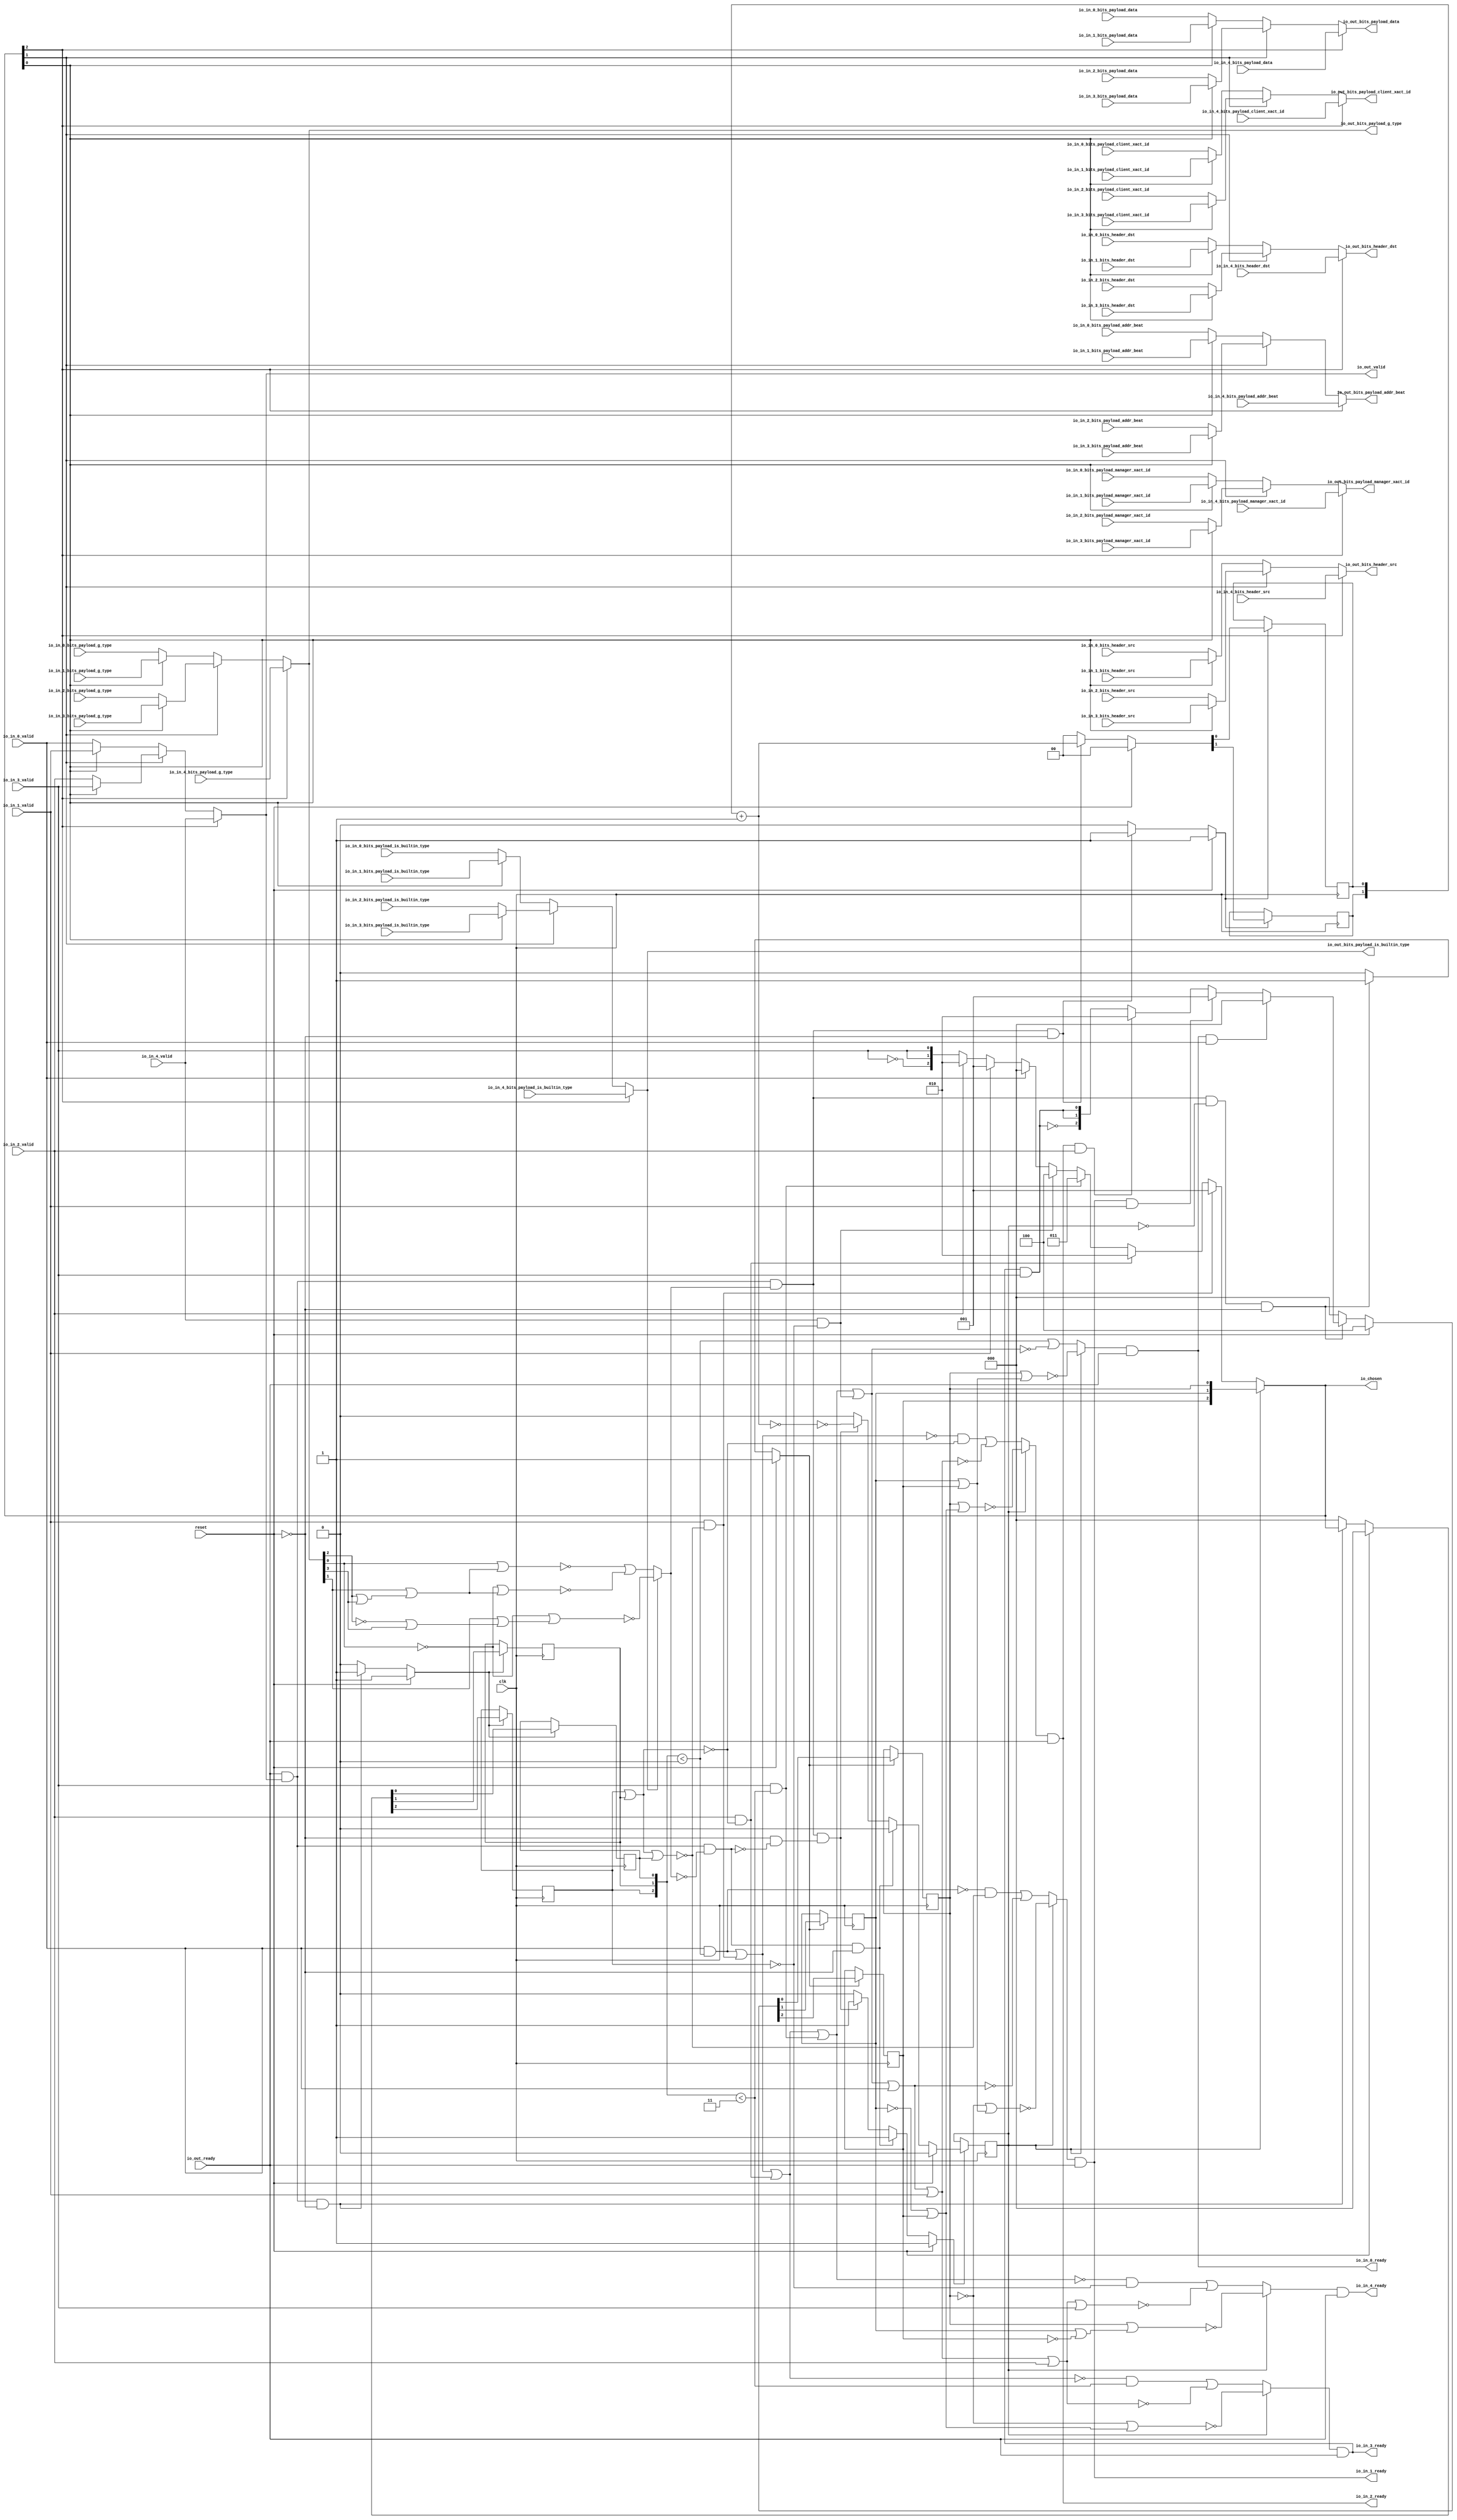
// This program was cloned from: https://github.com/NYU-MLDA/OpenABC
// License: BSD 3-Clause "New" or "Revised" License

module LockingRRArbiter_8
(
  clk,
  reset,
  io_in_4_ready,
  io_in_4_valid,
  io_in_4_bits_header_src,
  io_in_4_bits_header_dst,
  io_in_4_bits_payload_addr_beat,
  io_in_4_bits_payload_client_xact_id,
  io_in_4_bits_payload_manager_xact_id,
  io_in_4_bits_payload_is_builtin_type,
  io_in_4_bits_payload_g_type,
  io_in_4_bits_payload_data,
  io_in_3_ready,
  io_in_3_valid,
  io_in_3_bits_header_src,
  io_in_3_bits_header_dst,
  io_in_3_bits_payload_addr_beat,
  io_in_3_bits_payload_client_xact_id,
  io_in_3_bits_payload_manager_xact_id,
  io_in_3_bits_payload_is_builtin_type,
  io_in_3_bits_payload_g_type,
  io_in_3_bits_payload_data,
  io_in_2_ready,
  io_in_2_valid,
  io_in_2_bits_header_src,
  io_in_2_bits_header_dst,
  io_in_2_bits_payload_addr_beat,
  io_in_2_bits_payload_client_xact_id,
  io_in_2_bits_payload_manager_xact_id,
  io_in_2_bits_payload_is_builtin_type,
  io_in_2_bits_payload_g_type,
  io_in_2_bits_payload_data,
  io_in_1_ready,
  io_in_1_valid,
  io_in_1_bits_header_src,
  io_in_1_bits_header_dst,
  io_in_1_bits_payload_addr_beat,
  io_in_1_bits_payload_client_xact_id,
  io_in_1_bits_payload_manager_xact_id,
  io_in_1_bits_payload_is_builtin_type,
  io_in_1_bits_payload_g_type,
  io_in_1_bits_payload_data,
  io_in_0_ready,
  io_in_0_valid,
  io_in_0_bits_header_src,
  io_in_0_bits_header_dst,
  io_in_0_bits_payload_addr_beat,
  io_in_0_bits_payload_client_xact_id,
  io_in_0_bits_payload_manager_xact_id,
  io_in_0_bits_payload_is_builtin_type,
  io_in_0_bits_payload_g_type,
  io_in_0_bits_payload_data,
  io_out_ready,
  io_out_valid,
  io_out_bits_header_src,
  io_out_bits_header_dst,
  io_out_bits_payload_addr_beat,
  io_out_bits_payload_client_xact_id,
  io_out_bits_payload_manager_xact_id,
  io_out_bits_payload_is_builtin_type,
  io_out_bits_payload_g_type,
  io_out_bits_payload_data,
  io_chosen
);

  input [2:0] io_in_4_bits_header_src;
  input [2:0] io_in_4_bits_header_dst;
  input [1:0] io_in_4_bits_payload_addr_beat;
  input [5:0] io_in_4_bits_payload_client_xact_id;
  input [3:0] io_in_4_bits_payload_manager_xact_id;
  input [3:0] io_in_4_bits_payload_g_type;
  input [127:0] io_in_4_bits_payload_data;
  input [2:0] io_in_3_bits_header_src;
  input [2:0] io_in_3_bits_header_dst;
  input [1:0] io_in_3_bits_payload_addr_beat;
  input [5:0] io_in_3_bits_payload_client_xact_id;
  input [3:0] io_in_3_bits_payload_manager_xact_id;
  input [3:0] io_in_3_bits_payload_g_type;
  input [127:0] io_in_3_bits_payload_data;
  input [2:0] io_in_2_bits_header_src;
  input [2:0] io_in_2_bits_header_dst;
  input [1:0] io_in_2_bits_payload_addr_beat;
  input [5:0] io_in_2_bits_payload_client_xact_id;
  input [3:0] io_in_2_bits_payload_manager_xact_id;
  input [3:0] io_in_2_bits_payload_g_type;
  input [127:0] io_in_2_bits_payload_data;
  input [2:0] io_in_1_bits_header_src;
  input [2:0] io_in_1_bits_header_dst;
  input [1:0] io_in_1_bits_payload_addr_beat;
  input [5:0] io_in_1_bits_payload_client_xact_id;
  input [3:0] io_in_1_bits_payload_manager_xact_id;
  input [3:0] io_in_1_bits_payload_g_type;
  input [127:0] io_in_1_bits_payload_data;
  input [2:0] io_in_0_bits_header_src;
  input [2:0] io_in_0_bits_header_dst;
  input [1:0] io_in_0_bits_payload_addr_beat;
  input [5:0] io_in_0_bits_payload_client_xact_id;
  input [3:0] io_in_0_bits_payload_manager_xact_id;
  input [3:0] io_in_0_bits_payload_g_type;
  input [127:0] io_in_0_bits_payload_data;
  output [2:0] io_out_bits_header_src;
  output [2:0] io_out_bits_header_dst;
  output [1:0] io_out_bits_payload_addr_beat;
  output [5:0] io_out_bits_payload_client_xact_id;
  output [3:0] io_out_bits_payload_manager_xact_id;
  output [3:0] io_out_bits_payload_g_type;
  output [127:0] io_out_bits_payload_data;
  output [2:0] io_chosen;
  input clk;
  input reset;
  input io_in_4_valid;
  input io_in_4_bits_payload_is_builtin_type;
  input io_in_3_valid;
  input io_in_3_bits_payload_is_builtin_type;
  input io_in_2_valid;
  input io_in_2_bits_payload_is_builtin_type;
  input io_in_1_valid;
  input io_in_1_bits_payload_is_builtin_type;
  input io_in_0_valid;
  input io_in_0_bits_payload_is_builtin_type;
  input io_out_ready;
  output io_in_4_ready;
  output io_in_3_ready;
  output io_in_2_ready;
  output io_in_1_ready;
  output io_in_0_ready;
  output io_out_valid;
  output io_out_bits_payload_is_builtin_type;
  wire [2:0] io_out_bits_header_src,io_out_bits_header_dst,io_chosen,choose,T1,T2,T3,T4,T5,
  T6,T19,T20,T21,T95,T98,T96,T103,T106,T104;
  wire [1:0] io_out_bits_payload_addr_beat,T40,T87,T90,T88;
  wire [5:0] io_out_bits_payload_client_xact_id,T79,T82,T80;
  wire [3:0] io_out_bits_payload_manager_xact_id,io_out_bits_payload_g_type,T55,T58,T56,T71,
  T74,T72;
  wire [127:0] io_out_bits_payload_data,T46,T50,T47;
  wire io_in_4_ready,io_in_3_ready,io_in_2_ready,io_in_1_ready,io_in_0_ready,
  io_out_valid,io_out_bits_payload_is_builtin_type,N0,N1,N2,N3,N4,N5,N6,N7,N8,N9,N10,N11,
  N12,N13,N14,N15,N16,N17,N18,N19,N20,N21,N22,N23,N24,N25,N26,N27,N28,N29,N30,N31,
  T16,N32,T14,N33,T12,N34,T8,N35,N36,N37,N38,N39,T9,T11,T13,T15,T17,T27,T26,N40,T25,
  N41,T24,N42,T23,N43,T29,T28,T35,T30,N44,T31,T43,T38,T39,T44,N45,N46,N47,T63,T66,
  T64,T111,T114,T112,T119,T120,T136,T121,T122,T125,T123,T124,T128,T126,T127,T131,
  T129,T130,T134,T132,T133,T135,T139,T140,T147,T141,T142,T143,T144,T145,T146,T149,
  T148,T152,T153,T161,T154,T155,T156,T157,T158,T159,T160,T163,T162,T164,T167,T168,
  T177,T169,T170,T171,T172,T173,T174,T175,T176,T179,T178,T180,T181,T184,T185,T195,
  T186,T187,T188,T189,T190,T191,T192,T193,T194,T197,T196,T198,T199,T200,N48,N49,N50,
  N51,N52,N53,N54,N55,N56,N57,N58,N59,N60,N61,N62,N63,N64,N65,N66,N67,N68,N69,N70,
  N71,N72,N73,N74,N75,N76,N77,N78,N79,N80,N81,N82,N83,N84,N85,N86,N87,N88,N89,N90,
  N91,N92,N93,N94,N95,N96,N97,N98,N99,N100,N101,N102,N103,N104,N105,N106,N107,
  N108,N109,N110,N111,N112,N113,N114,N115,N116,N117,N118;
  wire [2:1] T7,T22;
  reg [2:0] last_grant,lockIdx;
  reg locked;
  reg [1:0] R41;
  assign T13 = last_grant < { 1'b1, 1'b1 };
  assign T39 = T40 == 1'b0;
  assign T127 = last_grant < { 1'b1, 1'b1 };
  assign T135 = last_grant < 1'b0;
  assign T136 = last_grant < 1'b0;
  assign T178 = last_grant < { 1'b1, 1'b1 };

  always @(posedge clk) begin
    if(N50) begin
      last_grant[2] <= N53;
    end 
  end


  always @(posedge clk) begin
    if(N50) begin
      last_grant[1] <= N52;
    end 
  end


  always @(posedge clk) begin
    if(N50) begin
      last_grant[0] <= N51;
    end 
  end


  always @(posedge clk) begin
    if(N56) begin
      lockIdx[2] <= N59;
    end 
  end


  always @(posedge clk) begin
    if(N56) begin
      lockIdx[1] <= N58;
    end 
  end


  always @(posedge clk) begin
    if(N56) begin
      lockIdx[0] <= N57;
    end 
  end


  always @(posedge clk) begin
    if(N63) begin
      locked <= N64;
    end 
  end


  always @(posedge clk) begin
    if(N67) begin
      R41[1] <= N69;
    end 
  end


  always @(posedge clk) begin
    if(N67) begin
      R41[0] <= N68;
    end 
  end

  assign N78 = ~lockIdx[2];
  assign N79 = lockIdx[1] | N78;
  assign N80 = lockIdx[0] | N79;
  assign N81 = ~N80;
  assign N82 = lockIdx[1] | lockIdx[2];
  assign N83 = lockIdx[0] | N82;
  assign N84 = ~N83;
  assign N85 = ~lockIdx[0];
  assign N86 = lockIdx[1] | lockIdx[2];
  assign N87 = N85 | N86;
  assign N88 = ~N87;
  assign N89 = ~io_out_bits_payload_g_type[2];
  assign N90 = ~io_out_bits_payload_g_type[0];
  assign N91 = N89 | io_out_bits_payload_g_type[3];
  assign N92 = io_out_bits_payload_g_type[1] | N91;
  assign N93 = N90 | N92;
  assign N94 = ~N93;
  assign N95 = ~lockIdx[1];
  assign N96 = N95 | lockIdx[2];
  assign N97 = lockIdx[0] | N96;
  assign N98 = ~N97;
  assign N99 = io_out_bits_payload_g_type[2] | io_out_bits_payload_g_type[3];
  assign N100 = io_out_bits_payload_g_type[1] | N99;
  assign N101 = io_out_bits_payload_g_type[0] | N100;
  assign N102 = ~N101;
  assign N103 = io_out_bits_payload_g_type[2] | io_out_bits_payload_g_type[3];
  assign N104 = io_out_bits_payload_g_type[1] | N103;
  assign N105 = N90 | N104;
  assign N106 = ~N105;
  assign N107 = N95 | lockIdx[2];
  assign N108 = N85 | N107;
  assign N109 = ~N108;
  assign T40 = R41 + 1'b1;
  assign io_chosen = (N0)? lockIdx : 
                     (N1)? choose : 1'b0;
  assign N0 = locked;
  assign N1 = N31;
  assign choose = (N2)? { 1'b0, 1'b0, 1'b1 } : 
                  (N3)? T1 : 1'b0;
  assign N2 = T16;
  assign N3 = N32;
  assign T1 = (N4)? { 1'b0, 1'b1, 1'b0 } : 
              (N5)? T2 : 1'b0;
  assign N4 = T14;
  assign N5 = N33;
  assign T2 = (N6)? { 1'b0, 1'b1, 1'b1 } : 
              (N7)? T3 : 1'b0;
  assign N6 = T12;
  assign N7 = N34;
  assign T3 = (N8)? { 1'b1, 1'b0, 1'b0 } : 
              (N9)? T4 : 1'b0;
  assign N8 = T8;
  assign N9 = N35;
  assign T4 = (N10)? { 1'b0, 1'b0, 1'b0 } : 
              (N11)? T5 : 1'b0;
  assign N10 = io_in_0_valid;
  assign N11 = N36;
  assign T5 = (N12)? { 1'b0, 1'b0, 1'b1 } : 
              (N13)? T6 : 1'b0;
  assign N12 = io_in_1_valid;
  assign N13 = N37;
  assign T6 = (N14)? { 1'b0, 1'b1, 1'b0 } : 
              (N15)? { T7, T7[1:1] } : 1'b0;
  assign N14 = io_in_2_valid;
  assign N15 = N38;
  assign T19 = (N16)? { 1'b0, 1'b0, 1'b0 } : 
               (N17)? T20 : 1'b0;
  assign N16 = T26;
  assign N17 = N40;
  assign T20 = (N18)? { 1'b0, 1'b0, 1'b1 } : 
               (N19)? T21 : 1'b0;
  assign N18 = T25;
  assign N19 = N41;
  assign T21 = (N20)? { 1'b0, 1'b1, 1'b0 } : 
               (N21)? { T22, T22[1:1] } : 1'b0;
  assign N20 = T24;
  assign N21 = N42;
  assign T30 = (N22)? N94 : 
               (N23)? T31 : 1'b0;
  assign N22 = io_out_bits_payload_is_builtin_type;
  assign N23 = N44;
  assign io_out_bits_payload_data = (N24)? io_in_4_bits_payload_data : 
                                    (N25)? T46 : 1'b0;
  assign N24 = io_chosen[2];
  assign N25 = N45;
  assign T46 = (N26)? T50 : 
               (N27)? T47 : 1'b0;
  assign N26 = io_chosen[1];
  assign N27 = N46;
  assign T47 = (N28)? io_in_1_bits_payload_data : 
               (N29)? io_in_0_bits_payload_data : 1'b0;
  assign N28 = io_chosen[0];
  assign N29 = N47;
  assign T50 = (N28)? io_in_3_bits_payload_data : 
               (N29)? io_in_2_bits_payload_data : 1'b0;
  assign io_out_bits_payload_g_type = (N24)? io_in_4_bits_payload_g_type : 
                                      (N25)? T55 : 1'b0;
  assign T55 = (N26)? T58 : 
               (N27)? T56 : 1'b0;
  assign T56 = (N28)? io_in_1_bits_payload_g_type : 
               (N29)? io_in_0_bits_payload_g_type : 1'b0;
  assign T58 = (N28)? io_in_3_bits_payload_g_type : 
               (N29)? io_in_2_bits_payload_g_type : 1'b0;
  assign io_out_bits_payload_is_builtin_type = (N24)? io_in_4_bits_payload_is_builtin_type : 
                                               (N25)? T63 : 1'b0;
  assign T63 = (N26)? T66 : 
               (N27)? T64 : 1'b0;
  assign T64 = (N28)? io_in_1_bits_payload_is_builtin_type : 
               (N29)? io_in_0_bits_payload_is_builtin_type : 1'b0;
  assign T66 = (N28)? io_in_3_bits_payload_is_builtin_type : 
               (N29)? io_in_2_bits_payload_is_builtin_type : 1'b0;
  assign io_out_bits_payload_manager_xact_id = (N24)? io_in_4_bits_payload_manager_xact_id : 
                                               (N25)? T71 : 1'b0;
  assign T71 = (N26)? T74 : 
               (N27)? T72 : 1'b0;
  assign T72 = (N28)? io_in_1_bits_payload_manager_xact_id : 
               (N29)? io_in_0_bits_payload_manager_xact_id : 1'b0;
  assign T74 = (N28)? io_in_3_bits_payload_manager_xact_id : 
               (N29)? io_in_2_bits_payload_manager_xact_id : 1'b0;
  assign io_out_bits_payload_client_xact_id = (N24)? io_in_4_bits_payload_client_xact_id : 
                                              (N25)? T79 : 1'b0;
  assign T79 = (N26)? T82 : 
               (N27)? T80 : 1'b0;
  assign T80 = (N28)? io_in_1_bits_payload_client_xact_id : 
               (N29)? io_in_0_bits_payload_client_xact_id : 1'b0;
  assign T82 = (N28)? io_in_3_bits_payload_client_xact_id : 
               (N29)? io_in_2_bits_payload_client_xact_id : 1'b0;
  assign io_out_bits_payload_addr_beat = (N24)? io_in_4_bits_payload_addr_beat : 
                                         (N25)? T87 : 1'b0;
  assign T87 = (N26)? T90 : 
               (N27)? T88 : 1'b0;
  assign T88 = (N28)? io_in_1_bits_payload_addr_beat : 
               (N29)? io_in_0_bits_payload_addr_beat : 1'b0;
  assign T90 = (N28)? io_in_3_bits_payload_addr_beat : 
               (N29)? io_in_2_bits_payload_addr_beat : 1'b0;
  assign io_out_bits_header_dst = (N24)? io_in_4_bits_header_dst : 
                                  (N25)? T95 : 1'b0;
  assign T95 = (N26)? T98 : 
               (N27)? T96 : 1'b0;
  assign T96 = (N28)? io_in_1_bits_header_dst : 
               (N29)? io_in_0_bits_header_dst : 1'b0;
  assign T98 = (N28)? io_in_3_bits_header_dst : 
               (N29)? io_in_2_bits_header_dst : 1'b0;
  assign io_out_bits_header_src = (N24)? io_in_4_bits_header_src : 
                                  (N25)? T103 : 1'b0;
  assign T103 = (N26)? T106 : 
                (N27)? T104 : 1'b0;
  assign T104 = (N28)? io_in_1_bits_header_src : 
                (N29)? io_in_0_bits_header_src : 1'b0;
  assign T106 = (N28)? io_in_3_bits_header_src : 
                (N29)? io_in_2_bits_header_src : 1'b0;
  assign io_out_valid = (N24)? io_in_4_valid : 
                        (N25)? T111 : 1'b0;
  assign T111 = (N26)? T114 : 
                (N27)? T112 : 1'b0;
  assign T112 = (N28)? io_in_1_valid : 
                (N29)? io_in_0_valid : 1'b0;
  assign T114 = (N28)? io_in_3_valid : 
                (N29)? io_in_2_valid : 1'b0;
  assign T119 = (N0)? N84 : 
                (N1)? T120 : 1'b0;
  assign T139 = (N0)? N88 : 
                (N1)? T140 : 1'b0;
  assign T152 = (N0)? N98 : 
                (N1)? T153 : 1'b0;
  assign T167 = (N0)? N109 : 
                (N1)? T168 : 1'b0;
  assign T184 = (N0)? N81 : 
                (N1)? T185 : 1'b0;
  assign N50 = (N30)? 1'b1 : 
               (N71)? 1'b1 : 
               (N49)? 1'b0 : 1'b0;
  assign N30 = reset;
  assign { N53, N52, N51 } = (N30)? { 1'b0, 1'b0, 1'b0 } : 
                             (N71)? io_chosen : 1'b0;
  assign N56 = (N30)? 1'b1 : 
               (N72)? 1'b1 : 
               (N55)? 1'b0 : 1'b0;
  assign { N59, N58, N57 } = (N30)? { 1'b1, 1'b0, 1'b0 } : 
                             (N72)? T19 : 1'b0;
  assign N63 = (N30)? 1'b1 : 
               (N73)? 1'b1 : 
               (N76)? 1'b1 : 
               (N62)? 1'b0 : 1'b0;
  assign N64 = (N30)? 1'b0 : 
               (N73)? 1'b0 : 
               (N76)? T38 : 1'b0;
  assign N67 = (N30)? 1'b1 : 
               (N77)? 1'b1 : 
               (N66)? 1'b0 : 1'b0;
  assign { N69, N68 } = (N30)? { 1'b0, 1'b0 } : 
                        (N77)? T40 : 1'b0;
  assign N31 = ~locked;
  assign N32 = ~T16;
  assign N33 = ~T14;
  assign N34 = ~T12;
  assign N35 = ~T8;
  assign N36 = ~io_in_0_valid;
  assign N37 = ~io_in_1_valid;
  assign N38 = ~io_in_2_valid;
  assign N39 = ~io_in_3_valid;
  assign T7[1] = io_in_3_valid;
  assign T7[2] = N39;
  assign T8 = io_in_4_valid & T9;
  assign T9 = ~last_grant[2];
  assign T11 = io_out_ready & io_out_valid;
  assign T12 = io_in_3_valid & T13;
  assign T14 = io_in_2_valid & T15;
  assign T15 = ~N110;
  assign N110 = last_grant[2] | last_grant[1];
  assign T16 = io_in_1_valid & T17;
  assign T17 = ~N112;
  assign N112 = N111 | last_grant[0];
  assign N111 = last_grant[2] | last_grant[1];
  assign N40 = ~T26;
  assign N41 = ~T25;
  assign N42 = ~T24;
  assign N43 = ~T23;
  assign T22[1] = T23;
  assign T22[2] = N43;
  assign T23 = io_in_3_ready & io_in_3_valid;
  assign T24 = io_in_2_ready & io_in_2_valid;
  assign T25 = io_in_1_ready & io_in_1_valid;
  assign T26 = io_in_0_ready & io_in_0_valid;
  assign T27 = T29 & T28;
  assign T28 = ~locked;
  assign T29 = T35 & T30;
  assign N44 = ~io_out_bits_payload_is_builtin_type;
  assign T31 = N102 | N106;
  assign T35 = io_out_valid & io_out_ready;
  assign T38 = ~T39;
  assign T43 = T35 & T44;
  assign T44 = ~T30;
  assign N45 = ~io_chosen[2];
  assign N46 = ~io_chosen[1];
  assign N47 = ~io_chosen[0];
  assign io_in_0_ready = T119 & io_out_ready;
  assign T120 = T136 | T121;
  assign T121 = ~T122;
  assign T122 = T125 | T123;
  assign T123 = io_in_4_valid & T124;
  assign T124 = ~last_grant[2];
  assign T125 = T128 | T126;
  assign T126 = io_in_3_valid & T127;
  assign T128 = T131 | T129;
  assign T129 = io_in_2_valid & T130;
  assign T130 = ~N113;
  assign N113 = last_grant[2] | last_grant[1];
  assign T131 = T134 | T132;
  assign T132 = io_in_1_valid & T133;
  assign T133 = ~N115;
  assign N115 = N114 | last_grant[0];
  assign N114 = last_grant[2] | last_grant[1];
  assign T134 = io_in_0_valid & T135;
  assign io_in_1_ready = T139 & io_out_ready;
  assign T140 = T147 | T141;
  assign T141 = ~T142;
  assign T142 = T143 | io_in_0_valid;
  assign T143 = T144 | T123;
  assign T144 = T145 | T126;
  assign T145 = T146 | T129;
  assign T146 = T134 | T132;
  assign T147 = T149 & T148;
  assign T148 = ~N117;
  assign N117 = N116 | last_grant[0];
  assign N116 = last_grant[2] | last_grant[1];
  assign T149 = ~T134;
  assign io_in_2_ready = T152 & io_out_ready;
  assign T153 = T161 | T154;
  assign T154 = ~T155;
  assign T155 = T156 | io_in_1_valid;
  assign T156 = T157 | io_in_0_valid;
  assign T157 = T158 | T123;
  assign T158 = T159 | T126;
  assign T159 = T160 | T129;
  assign T160 = T134 | T132;
  assign T161 = T163 & T162;
  assign T162 = ~N118;
  assign N118 = last_grant[2] | last_grant[1];
  assign T163 = ~T164;
  assign T164 = T134 | T132;
  assign io_in_3_ready = T167 & io_out_ready;
  assign T168 = T177 | T169;
  assign T169 = ~T170;
  assign T170 = T171 | io_in_2_valid;
  assign T171 = T172 | io_in_1_valid;
  assign T172 = T173 | io_in_0_valid;
  assign T173 = T174 | T123;
  assign T174 = T175 | T126;
  assign T175 = T176 | T129;
  assign T176 = T134 | T132;
  assign T177 = T179 & T178;
  assign T179 = ~T180;
  assign T180 = T181 | T129;
  assign T181 = T134 | T132;
  assign io_in_4_ready = T184 & io_out_ready;
  assign T185 = T195 | T186;
  assign T186 = ~T187;
  assign T187 = T188 | io_in_3_valid;
  assign T188 = T189 | io_in_2_valid;
  assign T189 = T190 | io_in_1_valid;
  assign T190 = T191 | io_in_0_valid;
  assign T191 = T192 | T123;
  assign T192 = T193 | T126;
  assign T193 = T194 | T129;
  assign T194 = T134 | T132;
  assign T195 = T197 & T196;
  assign T196 = ~last_grant[2];
  assign T197 = ~T198;
  assign T198 = T199 | T126;
  assign T199 = T200 | T129;
  assign T200 = T134 | T132;
  assign N48 = T11 | reset;
  assign N49 = ~N48;
  assign N54 = T27 | reset;
  assign N55 = ~N54;
  assign N60 = T43 | reset;
  assign N61 = T29 | N60;
  assign N62 = ~N61;
  assign N65 = T29 | reset;
  assign N66 = ~N65;
  assign N70 = ~reset;
  assign N71 = T11 & N70;
  assign N72 = T27 & N70;
  assign N73 = T43 & N70;
  assign N74 = ~T43;
  assign N75 = N70 & N74;
  assign N76 = T29 & N75;
  assign N77 = T29 & N70;

endmodule